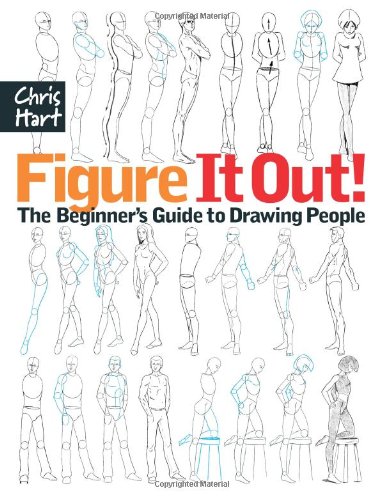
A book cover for Figure It Out! The Beginner's Guide to Drawing People; Christopher Hart; Arts & Photography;